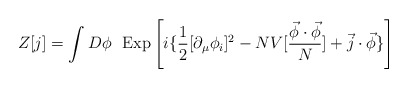
\begin{align*}Z[j] = \int D \phi~~{\rm Exp} \left[ i \{ \frac{1}{2 }[\partial_\mu\phi_i]^2 - NV[\frac{\vec \phi \cdot \vec \phi}{N}] +\vec j \cdot \vec \phi \} \right]\end{align*}